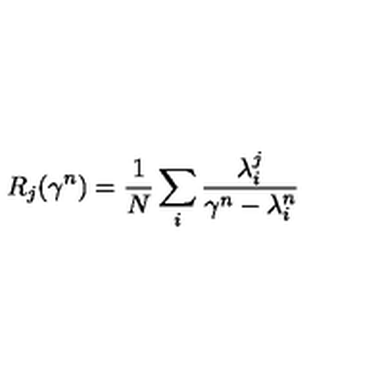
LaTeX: R _ { j } ( \gamma ^ { n } ) = \frac 1 N \sum _ { i } \frac { \lambda _ { i } ^ { j } } { \gamma ^ { n } - \lambda _ { i } ^ { n } }